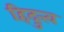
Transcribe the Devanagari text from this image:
हिदुत्त्व